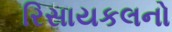
રિસાયકલનો